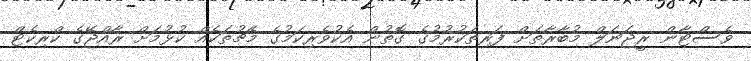
ވެސްޓާން ރީޖަނަލް މުބާރާތަށް ފަރިތަކުރުމުގެ ގޮތުން އެކުވެރިކަމުގެ މެޗުތަކެއް ކުޅުމަށް ރާއްޖޭގެ ކްރިކެޓް